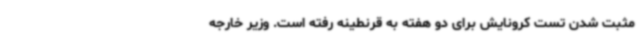
مثبت شدن تست کرونایش برای دو هفته به قرنطینه رفته است. وزیر خارجه